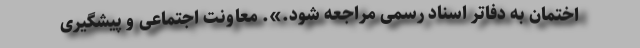
اختمان به دفاتر اسناد رسمی مراجعه شود.». معاونت اجتماعی و پیشگیری